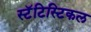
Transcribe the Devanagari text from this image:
स्टॅटिस्टिकल